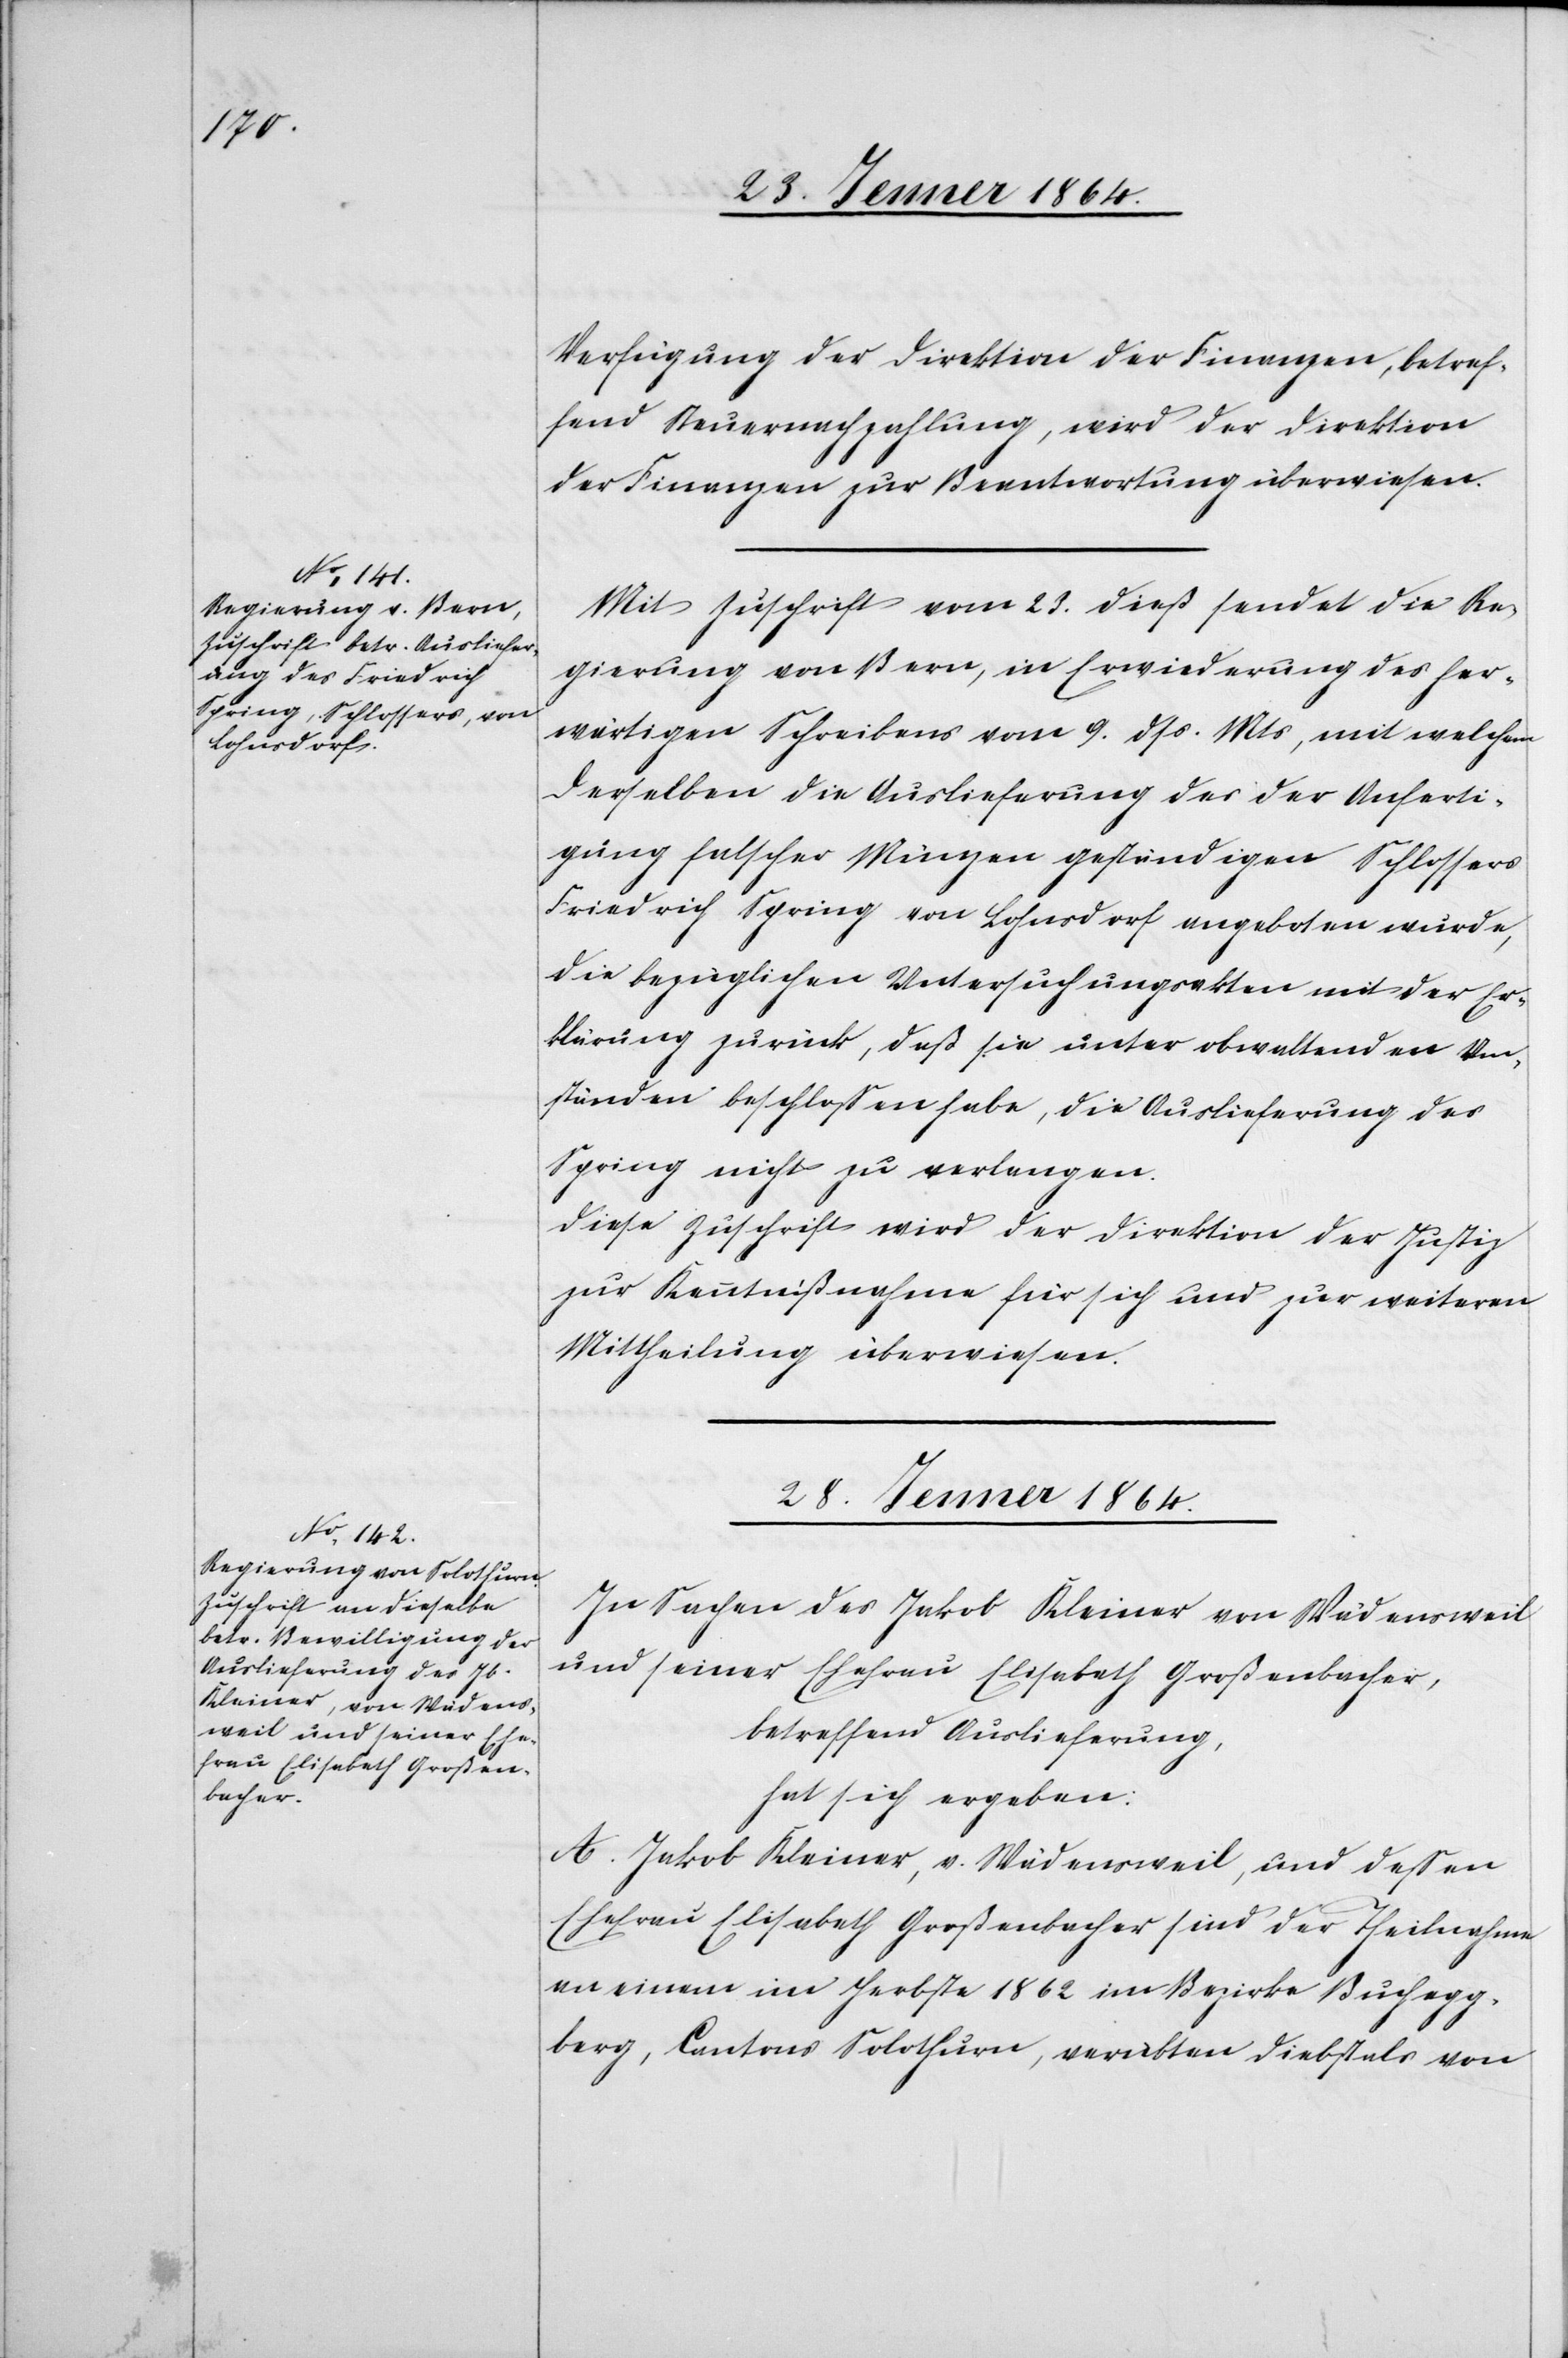
27. Jenner 1864.]
Verfügung der Direktion der Finanzen, betref¬
fend Steuernachzahlung, wird der Direktion
der Finanzen zur Beantwortung überwiesen.
Mit Zuschrift vom 23. dieß sendet die Re¬
gierung von Bern, in Erwiederung des her¬
wärtigen Schreibens vom 9. dss. Mts, mit welchem
derselben die Auslieferung des der Anferti¬
gung falscher Münzen geständigen Schlossers
Friedrich Spring von Lohnsdorf angeboten wurde,
die bezüglichen Untersuchungsakten mit der Er¬
klärung zurück, daß sie unter obwaltenden Um¬
ständen beschlossen habe, die Auslieferung des
Spring nicht zu verlangen.
Diese Zuschrift wird der Direktion der Justiz
zur Kenntnißnahme für sich und zur weiteren
Mittheilung überwiesen.
28. Jenner 1864.
In Sachen des Jakob Kleiner von Wädensweil
und seiner Ehefrau Elisabeth Großenbacher,
betreffend Auslieferung,
hat sich ergeben:
A. Jakob Kleiner, v. Wädensweil, und dessen
Ehefrau Elisabeth Großenbacher sind der Theilnahme
an einem im Herbste 1862 im Bezirke Buchegg¬
berg, Cantons Solothurn, verübten Diebstals von